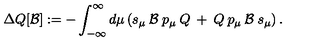
\Delta Q [ { \mathcal { B } } ] : = - \int _ { - \infty } ^ { \infty } d \mu \left( s _ { \mu } \: { \mathcal { B } } \: p _ { \mu } \: Q \: + \: Q \: p _ { \mu } \: { \mathcal { B } } \: s _ { \mu } \right) .